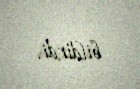
bildirdi.